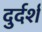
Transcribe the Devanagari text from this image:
दुर्दर्श